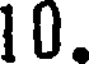
10.